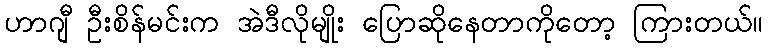
ဟာဂျီ ဦးစိန်မင်းက အဲဒီလိုမျိုး ပြောဆိုနေတာကိုတော့ ကြားတယ်။